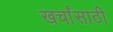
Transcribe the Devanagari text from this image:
खर्चांसाठी